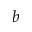
b